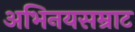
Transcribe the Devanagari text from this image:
अभिनयसम्राट